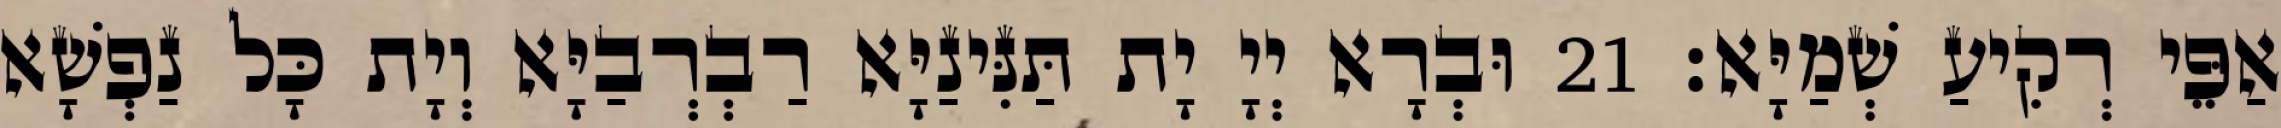
אַפֵּי רְקִיעַ שְׁמַיָּא׃ 21 וּבְרָא יְיָ יָת תַּנִּינַיָּא רַבְרְבַיָּא וְיָת כָּל נַפְשָׁא